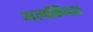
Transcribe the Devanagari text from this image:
अलकिंदस